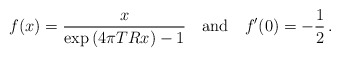
\begin{align*}f(x)=\frac{x}{\exp{(4\pi T R x)}-1}\quad \mbox{and}\quad f'(0)=-\frac{1}{2}\,{.}\end{align*}